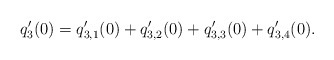
\begin{align*}q_3'(0)=q_{3,1}'(0)+q_{3,2}'(0)+q_{3,3}'(0)+q_{3,4}'(0).\end{align*}